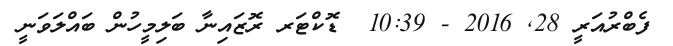
ފެބްރުއަރީ 28